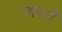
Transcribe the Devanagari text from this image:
जायरो